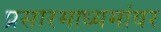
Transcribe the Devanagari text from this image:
प्रसारमाध्यमांवर